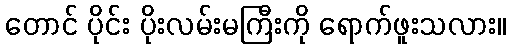
တောင် ပိုင်း ပိုးလမ်းမကြီးကို ရောက်ဖူးသလား။